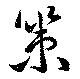
策